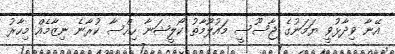
އޭނާ ވިދާޅުވީ ޔަމަނުގެ ޖާސޫސީ މައުލޫމާތު ކޯލީޝަނާ ހިއްސާ ކުރާނެ ނިޒާމެއް މިހާރު